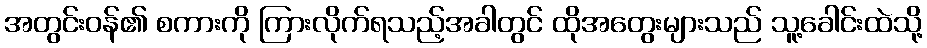
အတွင်းဝန်၏ စကားကို ကြားလိုက်ရသည့်အခါတွင် ထိုအတွေးများသည် သူ့ခေါင်းထဲသို့